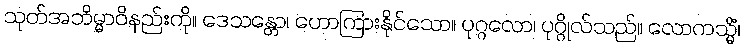
သုတ်အဘိမ္မာဝိနည်းကို။ ဒေသန္တော၊ ဟောကြားနိုင်သော။ ပုဂ္ဂလော၊ ပုဂ္ဂိုလ်သည်။ လောကသ္မိံ၊